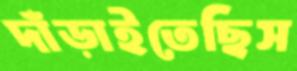
দাঁড়াইতেছিস